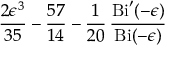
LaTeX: { \frac { 2 \epsilon ^ { 3 } } { 3 5 } } - { \frac { 5 7 } { 1 4 } } - { \frac { 1 } { 2 0 } } \, { \frac { \mathrm { B i } ^ { \prime } ( - \epsilon ) } { \mathrm { B i } ( - \epsilon ) } }